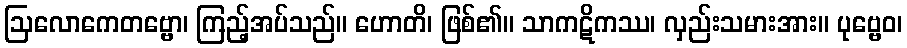
ဩလောကေတဗ္ဗော၊ ကြည့်အပ်သည်။ ဟောတိ၊ ဖြစ်၏။ သာကဋိကဿ၊ လှည်းသမားအား။ ပုဗ္ဗေဝ၊